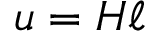
u = H \ell